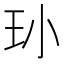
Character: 𮴁